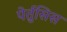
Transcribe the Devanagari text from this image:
पेर्तुसिस